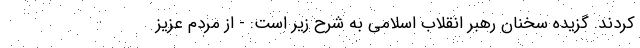
کردند. گزیده سخنان رهبر انقلاب اسلامی به شرح زیر است: - از مردم عزیز